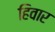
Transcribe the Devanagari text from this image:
हिवार